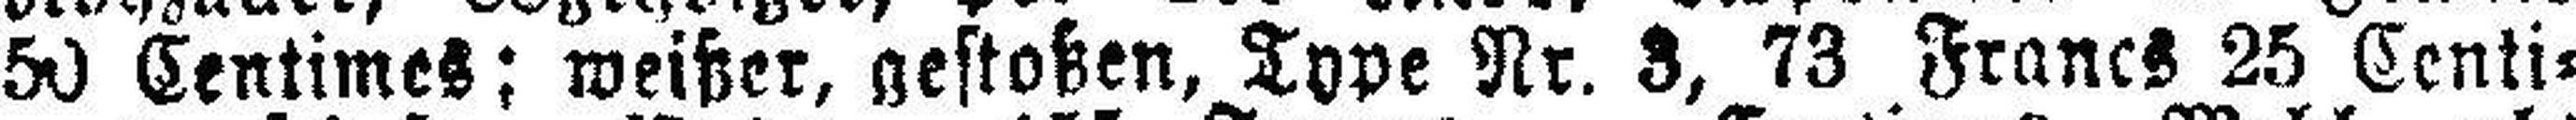
50 Centimes; weißer, gestoßen, Type Nr. 3, 73 Francs 25 Centi¬